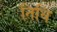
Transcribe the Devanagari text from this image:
तिथि